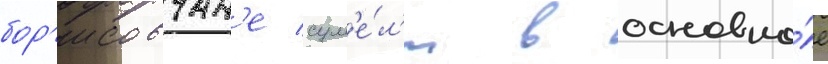
бор'исовчан'е сум'е́л'и в основно́е